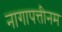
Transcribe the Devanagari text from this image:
नागापत्तीनम